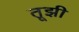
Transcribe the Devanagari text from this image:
तूझी